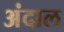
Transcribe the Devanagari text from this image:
अंदाल